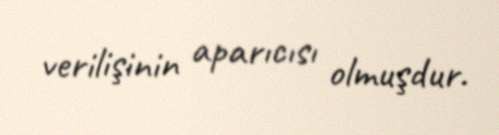
verilişinin aparıcısı olmuşdur.